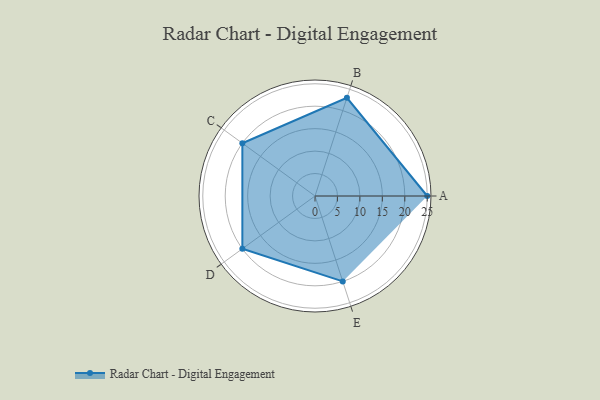
{"axis": {"x": "Skill", "y": "Score"}, "legend": ["Profile"], "data": [{"x": "A", "y": 25.0, "type": "Profile"}, {"x": "B", "y": 23.0, "type": "Profile"}, {"x": "C", "y": 20.0, "type": "Profile"}, {"x": "D", "y": 20, "type": "Profile"}, {"x": "E", "y": 20, "type": "Profile"}]}